Elephants and their diseases
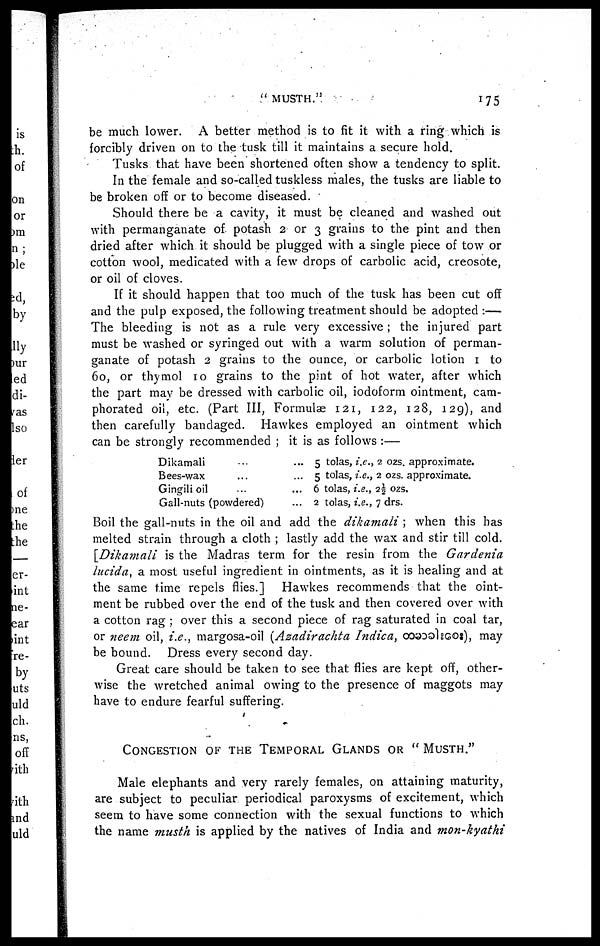
"
MUSTH."
175
be much lower. A better method is to fit it with a ring which is
forcibly driven on to the tusk till it maintains a secure hold.
Tusks that have been shortened often show a tendency to split.
In the female and so-called tuskless males, the tusks are liable to
be broken off or to become diseased.
Should there be a cavity, it must be cleaned and washed out
with permanganate of potash 2 or 3 grains to the pint and then
dried after which it should be plugged with a single piece of tow or
cotton wool, medicated with a few drops of carbolic acid, creosote,
or oil of cloves.
If it should happen that too much of the tusk has been cut off
and the pulp exposed, the following treatment should be adopted :—
The bleeding is not as a rule very excessive ; the injured part
must be washed or syringed out with a warm solution of perman-
ganate of potash 2 grains to the ounce, or carbolic lotion 1 to
60, or thymol 10 grains to the pint of hot water, after which
the part may be dressed with carbolic oil, iodoform ointment, cam-
phorated oil, etc. (Part III, Formulae 121, 122, 128, 129), and
then carefully bandaged. Hawkes employed an ointment which
can be strongly recommended ; it is as follows :—
Dikamali
...
...
Bees-wax ... ...
Gingili oil
...
...
Gall-nuts (powdered) ... ...
5 tolas, i.e., 2 ozs. approximate.
5 tolas, i.e., 2 ozs. approximate.
6 tolas, i.e., 2½ ozs.
2 tolas, i.e., 7 drs.
Boil the gall-nuts in the oil and add the dikamali ; when this has
melted strain through a cloth ; lastly add the wax and stir till cold.
[Dikamali is the Madras term for the resin from the Gardenia
lucida, a most useful ingredient in ointments, as it is healing and at
the same time repels flies.] Hawkes recommends that the oint-
ment be rubbed over the end of the tusk and then covered over with
a cotton rag ; over this a second piece of rag saturated in coal tar,
or neem oil, i.e., margosa-oil {Azadirachta Indica, co»do1sgo:), may
be bound. Dress every second day.
Great care should be taken to see that flies are kept off, other-
wise the wretched animal owing to the presence of maggots may
have to endure fearful suffering.
CONGESTION OF THE TEMPORAL GLANDS OR "MUSTH."
Male elephants and very rarely females, on attaining maturity,
are subject to peculiar periodical paroxysms of excitement, which
seem to have some connection with the sexual functions to which
the name musth is applied by the natives of India and mon-kyathi